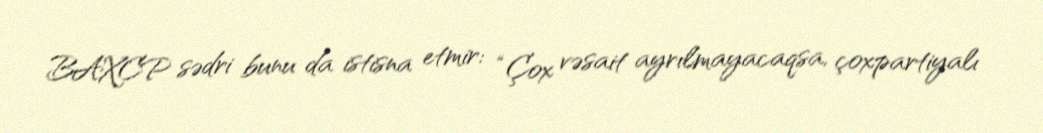
BAXCP sədri bunu da istisna etmir: “Çox vəsait ayrılmayacaqsa, çoxpartiyalı